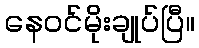
နေဝင်မိုးချုပ်ပြီ။